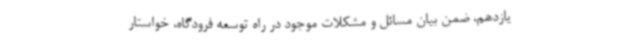
یازدهم، ضمن بیان مسائل و مشکلات موجود در راه توسعه فرودگاه، خواستار